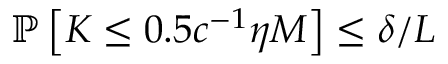
\mathbb { P } \left[ K \le 0 . 5 c ^ { - 1 } \eta M \right] \le \delta / L